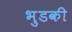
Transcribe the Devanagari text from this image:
भुडकी